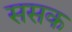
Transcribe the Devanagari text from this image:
ससक